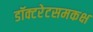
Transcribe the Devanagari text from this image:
डॉक्टरेटसमकक्ष